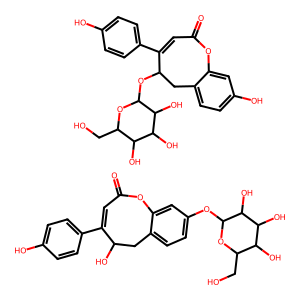
SMILES: O=C1C=C(c2ccc(O)cc2)C(O)Cc2ccc(OC3OC(CO)C(O)C(O)C3O)cc2O1.O=C1C=C(c2ccc(O)cc2)C(OC2OC(CO)C(O)C(O)C2O)Cc2ccc(O)cc2O1
Inhibits HIV replication: No